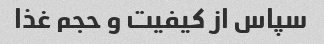
سپاس از کیفیت و حجم غذا